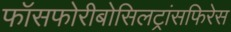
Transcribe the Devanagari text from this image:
फॉसफोरीबोसिलट्रांसफिरेस